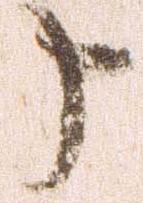
申